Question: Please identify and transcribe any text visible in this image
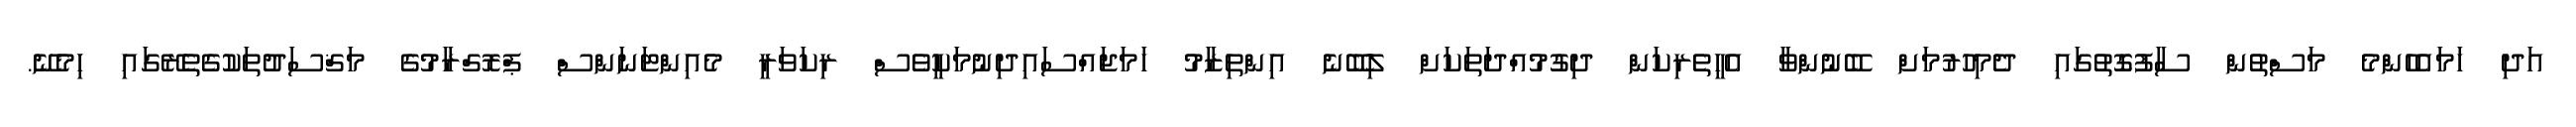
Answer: އަދި ހަމައެހެންމެ މަސްތުން ސާފުގޮތުގައި ދެމިހުރުމަށް ބޭނުންވާ އެހީތެރިކަން ދިގުމުއްދަތަކަށް ލިބޭނެ އިންތިޒާމު ހަމަޖައްސައިދިނުމަކީވެސް ރިކަވަރީ މެއިންޓަނަންސް ޕްރޮގްރާމުގެ މަޤްސަދުތަކުގެތެރޭގައި ހިމެނޭ.